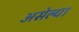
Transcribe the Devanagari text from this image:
असेल्या